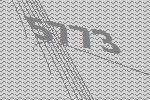
5773